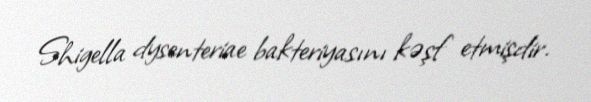
Shigella dysenteriae bakteriyasını kəşf etmişdir.